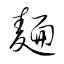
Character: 麺